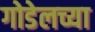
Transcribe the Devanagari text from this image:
गोडेलच्या